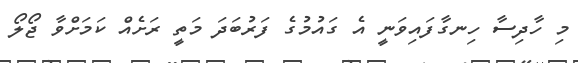
މި ހާދިސާ ހިނގާފައިވަނީ އެ ގައުމުގެ ފަރުބަދަ މަތީ ރަށެއް ކަމަށްވާ ޖޯލޯ